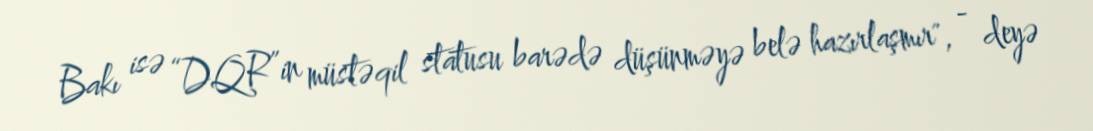
Bakı isə “DQR”in müstəqil statusu barədə düşünməyə belə hazırlaşmır", - deyə